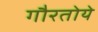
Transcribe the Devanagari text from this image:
गौरतोये